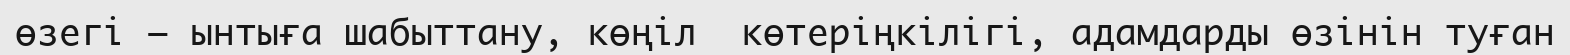
өзегі — ынтыға шабыттану, көңіл  көтеріңкілігі, адамдарды өзінін туған